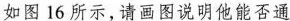
如图16所示，请画图说明他能否通